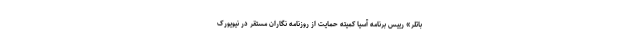
باتلر» رییس برنامه آسیا کمیته حمایت از روزنامه نگاران مستقر در نیویورک